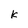
Character: K